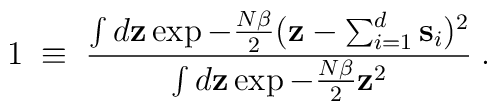
1\;\equiv\;{\int d {\bf z} \exp - {N\beta\over 2} ({\bf z}-\sum_{i=1}^d {\bf s}_i)^2\over \int d {\bf z} \exp - {N\beta\over 2} {\bf z}^2}\;.